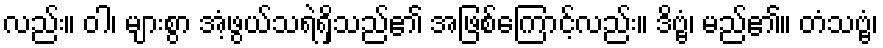
လည်း။ ဝါ၊ များစွာ အံ့ဖွယ်သရဲရှိသည်၏ အဖြစ်ကြောင့်လည်း။ ဒိဗ္ဗံ၊ မည်၏။ တံသဗ္ဗံ၊